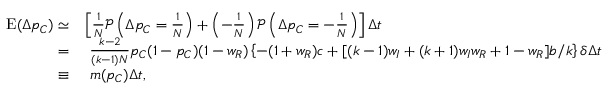
\begin{array} { r l } { \mathrm { E } ( \Delta p _ { C } ) \simeq } & { \left[ \frac { 1 } { N } \mathcal { P } \left( \Delta p _ { C } = \frac { 1 } { N } \right) + \left( - \frac { 1 } { N } \right) \mathcal { P } \left( \Delta p _ { C } = - \frac { 1 } { N } \right) \right] \Delta t } \\ { = } & { ~ \frac { k - 2 } { ( k - 1 ) N } p _ { C } ( 1 - p _ { C } ) ( 1 - w _ { R } ) \left\{ - ( 1 + w _ { R } ) c + [ ( k - 1 ) w _ { I } + ( k + 1 ) w _ { I } w _ { R } + 1 - w _ { R } ] b / k \right\} \delta \Delta t } \\ { \equiv } & { ~ m ( p _ { C } ) \Delta t , } \end{array}